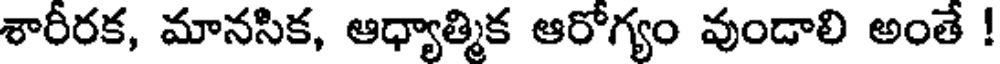
శారీరక, మానసిక, ఆధ్యాత్మిక ఆరోగ్యం వుండాలి అంతే !